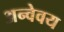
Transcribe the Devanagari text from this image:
अन्वेवय